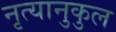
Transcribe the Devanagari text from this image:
नृत्यानुकुल